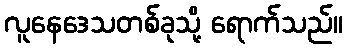
လူနေဒေသတစ်ခုသို့ ရောက်သည်။